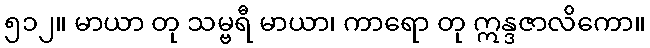
၅၁၂။ မာယာ တု သမ္ဗရီ မာယာ၊ ကာရော တု ဣန္ဒဇာလိကော။